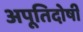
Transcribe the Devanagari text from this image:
अपूतिदोषी